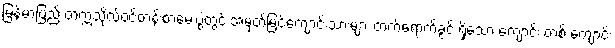
မြန်မာပြည် တက္ကသိုလ်ဝင်တန်းစာမေးပွဲတွင် အမှတ်မြင့်ကျောင်းသားများ တက်ရောက်ခွင့် ရှိသော ကျောင်း တစ် ကျောင်း